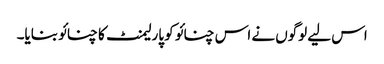
اس لیے لوگوں نے اس چنائو کو پارلیمنٹ کا چنائو بنایا۔